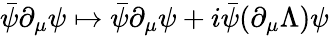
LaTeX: {\bar{\psi}}\partial_{\mu}\psi\mapsto{\bar{\psi}}\partial_{\mu}\psi+i{\bar{\psi}}(\partial_{\mu}\Lambda)\psi